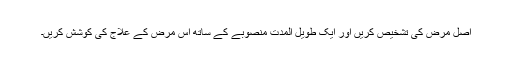
اصل مرض کی تشخیص کریں اور ایک طویل المدت منصوبے کے ساتھ اس مرض کے علاج کی کوشش کریں۔